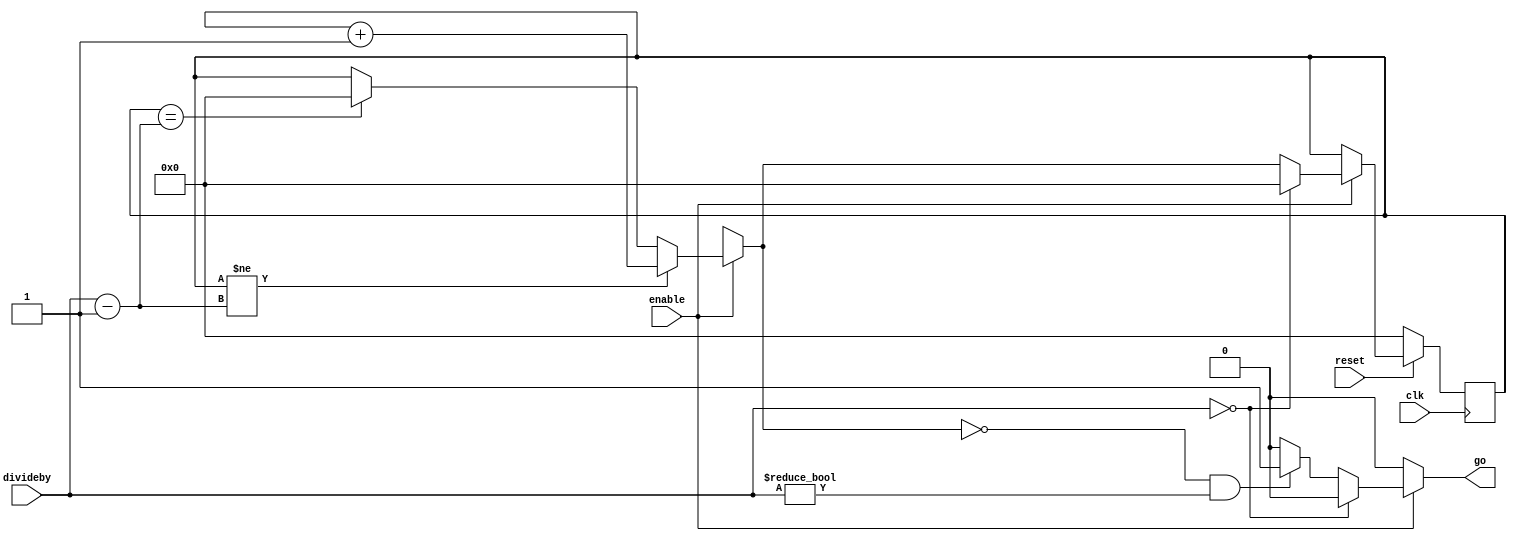

module counter_memory (
   reset,
   enable,
   divideby,
  clk,
   // output LEDs and 7-segment displays
   go
   );

input  reset;    // two board-level push buttons KEY1 - KEY0    // ten board-level switches SW9 - SW0
input  enable; 
input [5:0] divideby; 
input clk;
output reg go;
 reg [9:0]  LEDR;
  reg [5:0] counter;

//============================================================================
//  reg/wire declarations
//============================================================================


reg [5:0] total;
reg [5:0] counter_c;

//============================================================================
// Board-LED related circuits
//============================================================================

always @(*) begin
    LEDR[9:0] = 10'b0;
    counter_c = counter;
    go = 1'b0;
    total = divideby - 6'b01;
    if (enable) begin
      if(counter_c != total) begin
        counter_c = counter_c + 6'b01;
      end
      else if (counter_c == total) begin
        counter_c = 6'b0;
      end // else if (counter_c == total)
    
      if ((counter_c == 6'b0) && (divideby != 6'b0)) begin
        go = 1'b1;
      end
      
       
      if (divideby == 6'b0) begin
        LEDR[9:0] = 10'b1111_1111_11;
        counter_c = 6'b0;
        go = 1'b0;
      end
    end 
   if (reset == 1'b0) begin 
        counter_c = 6'b000000;
  end
 
end

always@(posedge clk) begin
      counter <= #1 counter_c;
      
   ///counter <= #1 counter_c;
  
end 


endmodule